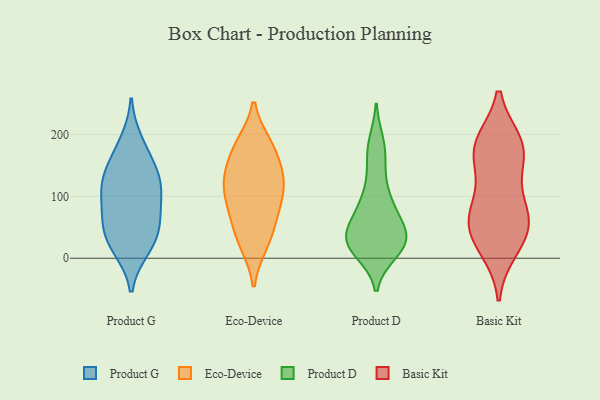
{"axis": {"x": "Bounce Rate (%)", "y": "Value"}, "legend": ["Basic Kit", "Eco-Device", "Product D", "Product G"], "data": [{"x": "", "y": 109, "type": "Product G"}, {"x": "", "y": 73, "type": "Product G"}, {"x": "", "y": 49, "type": "Product G"}, {"x": "", "y": 19, "type": "Product G"}, {"x": "", "y": 188, "type": "Product G"}, {"x": "", "y": 38, "type": "Product G"}, {"x": "", "y": 100, "type": "Product G"}, {"x": "", "y": 138, "type": "Product G"}, {"x": "", "y": 128, "type": "Product G"}, {"x": "", "y": 123, "type": "Product G"}, {"x": "", "y": 16, "type": "Product G"}, {"x": "", "y": 62, "type": "Product G"}, {"x": "", "y": 165, "type": "Product G"}, {"x": "", "y": 69, "type": "Eco-Device"}, {"x": "", "y": 22, "type": "Eco-Device"}, {"x": "", "y": 95, "type": "Eco-Device"}, {"x": "", "y": 137, "type": "Eco-Device"}, {"x": "", "y": 149, "type": "Eco-Device"}, {"x": "", "y": 183, "type": "Eco-Device"}, {"x": "", "y": 135, "type": "Eco-Device"}, {"x": "", "y": 122, "type": "Eco-Device"}, {"x": "", "y": 71, "type": "Eco-Device"}, {"x": "", "y": 182, "type": "Eco-Device"}, {"x": "", "y": 22, "type": "Eco-Device"}, {"x": "", "y": 104, "type": "Eco-Device"}, {"x": "", "y": 48, "type": "Eco-Device"}, {"x": "", "y": 184, "type": "Eco-Device"}, {"x": "", "y": 112, "type": "Eco-Device"}, {"x": "", "y": 10, "type": "Product D"}, {"x": "", "y": 58, "type": "Product D"}, {"x": "", "y": 44, "type": "Product D"}, {"x": "", "y": 187, "type": "Product D"}, {"x": "", "y": 88, "type": "Product D"}, {"x": "", "y": 31, "type": "Product D"}, {"x": "", "y": 36, "type": "Product D"}, {"x": "", "y": 161, "type": "Product D"}, {"x": "", "y": 95, "type": "Product D"}, {"x": "", "y": 19, "type": "Product D"}, {"x": "", "y": 15, "type": "Product D"}, {"x": "", "y": 35, "type": "Product D"}, {"x": "", "y": 137, "type": "Product D"}, {"x": "", "y": 98, "type": "Product D"}, {"x": "", "y": 17, "type": "Product D"}, {"x": "", "y": 29, "type": "Product D"}, {"x": "", "y": 17, "type": "Product D"}, {"x": "", "y": 50, "type": "Product D"}, {"x": "", "y": 182, "type": "Product D"}, {"x": "", "y": 72, "type": "Product D"}, {"x": "", "y": 44, "type": "Basic Kit"}, {"x": "", "y": 150, "type": "Basic Kit"}, {"x": "", "y": 64, "type": "Basic Kit"}, {"x": "", "y": 172, "type": "Basic Kit"}, {"x": "", "y": 185, "type": "Basic Kit"}, {"x": "", "y": 183, "type": "Basic Kit"}, {"x": "", "y": 75, "type": "Basic Kit"}, {"x": "", "y": 93, "type": "Basic Kit"}, {"x": "", "y": 16, "type": "Basic Kit"}, {"x": "", "y": 59, "type": "Basic Kit"}, {"x": "", "y": 181, "type": "Basic Kit"}, {"x": "", "y": 30, "type": "Basic Kit"}]}